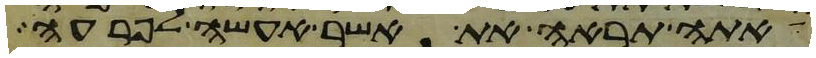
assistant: אתה תראה את אשר אעשה לפרעה